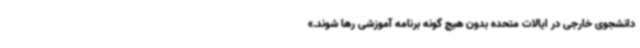
دانشجوی خارجی در ایالات متحده بدون هیچ گونه برنامه آموزشی رها شوند.»